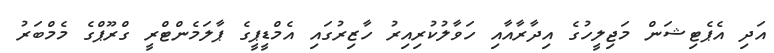
އަދި އެޕެޓިޝަން މަޖިލީހުގެ އިދާރާއާއި ހަވާލުކުރިއިރު ހާޒިރުގައި އެމްޑީޕީގެ ޕާލަމެންޓްރީ ގްރޫޕްގެ މެމްބަރު